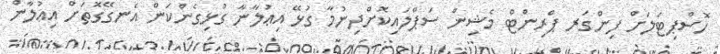
ހޮސްޕިޓަަލަށް ފިންގަރ ޕްރިންޓް މެޝިން ސަޕްލައިކޮށްދިނުމާ ގުޅޭ އިޢުލާނާ ގުޅިގެންކަން އެނގޭގޮތަށް އިޢުލާން